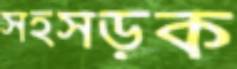
সহসড়ক